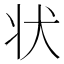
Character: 状